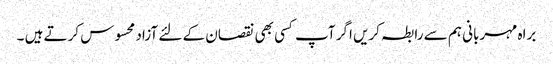
براہ مہربانی ہم سے رابطہ کریں اگر آپ کسی بھی نقصان کے لئے آزاد محسوس کرتے ہیں ۔